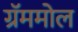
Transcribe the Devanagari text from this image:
ग्रॅममोल